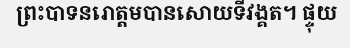
ព្រះបាទនរោត្តមបានសោយទីវង្គត។ ផ្ទុយ